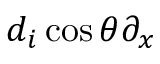
d _ { i } \cos \theta \partial _ { x }